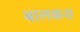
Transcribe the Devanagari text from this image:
बालकश